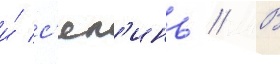
и́ с'ял'инь // В